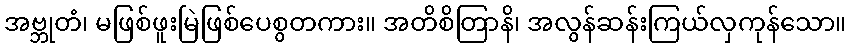
အဗ္ဘုတံ၊ မဖြစ်ဖူးမြဲဖြစ်ပေစွတကား။ အတိစိတြာနိ၊ အလွန်ဆန်းကြယ်လှကုန်သော။